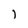
Character: j